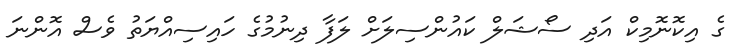
ގެ އިކޮނޮމިކް އަދި ސޯޝަލް ކައުންސިލަށް ލަފާ ދިނުމުގެ ހައިސިއްޔަތު ވެސް އޮންނަ